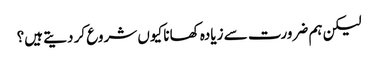
لیکن ہم ضرورت سے زیادہ کھانا کیوں شروع کر دیتے ہیں؟